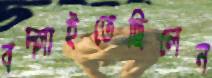
বদ্‌লাইতেছিলেন